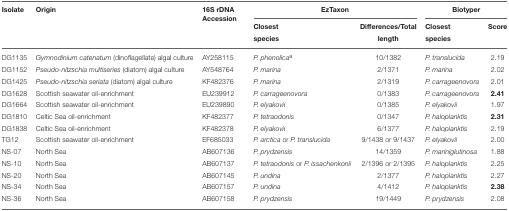
<table><thead><tr><td><b>Isolate</b></td><td><b>Origin</b></td><td><b>16S rDNA Accession</b></td><td colspan="2"><b>EzTaxon</b></td><td colspan="2"><b>Biotyper</b></td></tr><tr><td></td><td></td><td></td><td><b>Closest species</b></td><td><b>Differences/Total length</b></td><td><b>Closest species</b></td><td><b>Score</b></td></tr></thead><tbody><tr><td>DG1135</td><td><i>Gymnodinium catenatum</i> (dinoflagellate) algal culture</td><td>AY258115</td><td><i>P. phenolica</i><sup>a</sup></td><td>10/1382</td><td><i>P. translucida</i></td><td>2.19</td></tr><tr><td>DG1152</td><td><i>Pseudo-nitzschia multiseries</i> (diatom) algal culture</td><td>AY548764</td><td><i>P. marina</i></td><td>2/1371</td><td><i>P. marina</i></td><td>2.02</td></tr><tr><td>DG1425</td><td><i>Pseudo-nitzschia seriata</i> (diatom) algal culture</td><td>KF482376</td><td><i>P. marina</i></td><td>2/1319</td><td><i>P. carrageenovora</i></td><td>2.01</td></tr><tr><td>DG1628</td><td>Scottish seawater oil-enrichment</td><td>EU239912</td><td><i>P. carrageenovora</i></td><td>0/1383</td><td><i>P. carrageenovora</i></td><td><b>2.41</b></td></tr><tr><td>DG1664</td><td>Scottish seawater oil-enrichment</td><td>EU239890</td><td><i>P. elyakovii</i></td><td>0/1385</td><td><i>P. elyakovii</i></td><td>1.97</td></tr><tr><td>DG1810</td><td>Celtic Sea oil-enrichment</td><td>KF482377</td><td><i>P. tetraodonis</i></td><td>0/1347</td><td><i>P. haloplanktis</i></td><td><b>2.31</b></td></tr><tr><td>DG1838</td><td>Celtic Sea oil-enrichment</td><td>KF482378</td><td><i>P. elyakovii</i></td><td>6/1377</td><td><i>P. haloplanktis</i></td><td>2.19</td></tr><tr><td>TG12</td><td>Scottish seawater oil-enrichment</td><td>EF685033</td><td><i>P. arctica</i> or <i>P. translucida</i></td><td>9/1438 or 9/1437</td><td><i>P. elyakovii</i></td><td>2.00</td></tr><tr><td>NS-07</td><td>North Sea</td><td>AB607136</td><td><i>P. prydzensis</i></td><td>14/1359</td><td><i>P. mariniglutinosa</i></td><td>1.88</td></tr><tr><td>NS-10</td><td>North Sea</td><td>AB607137</td><td><i>P. tetraodonis</i> or <i>P. issachenkonii</i></td><td>2/1396 or 2/1395</td><td><i>P. haloplanktis</i></td><td>2.25</td></tr><tr><td>NS-20</td><td>North Sea</td><td>AB607145</td><td><i>P. undina</i></td><td>2/1377</td><td><i>P. haloplanktis</i></td><td>2.27</td></tr><tr><td>NS-34</td><td>North Sea</td><td>AB607157</td><td><i>P. undina</i></td><td>4/1412</td><td><i>P. haloplanktis</i></td><td><b>2.38</b></td></tr><tr><td>NS-36</td><td>North Sea</td><td>AB607158</td><td><i>P. prydzensis</i></td><td>19/1449</td><td><i>P. prydzensis</i></td><td>2.08</td></tr></tbody></table>